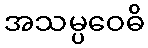
အသမ္ပဝေဓိ